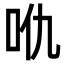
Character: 𠯾